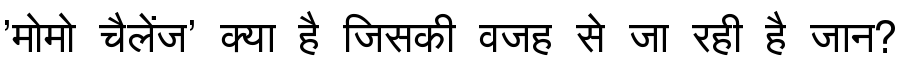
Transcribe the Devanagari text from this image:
'मोमो चैलेंज' क्या है जिसकी वजह से जा रही है जान?